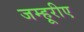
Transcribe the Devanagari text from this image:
जम्हूरीए